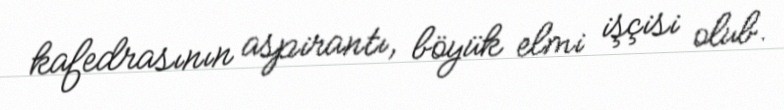
kafedrasının aspirantı, böyük elmi işçisi olub.